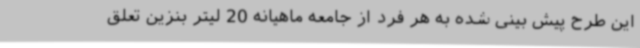
این طرح پیش بینی شده به هر فرد از جامعه ماهیانه 20 لیتر بنزین تعلق